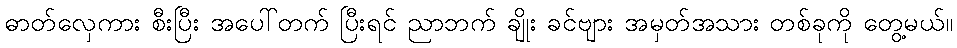
ဓာတ်လှေကား စီးပြီး အပေါ်တက် ပြီးရင် ညာဘက် ချိုး ခင်ဗျား အမှတ်အသား တစ်ခုကို တွေ့မယ်။